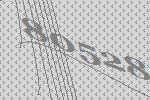
80528